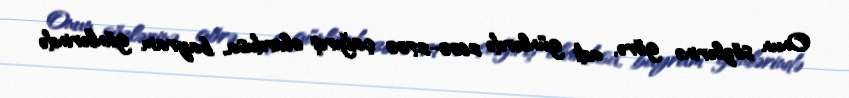
Onun sözlərinə görə, adi günlərdə 2600-2700 çağırış olurdusa, bayram günlərində